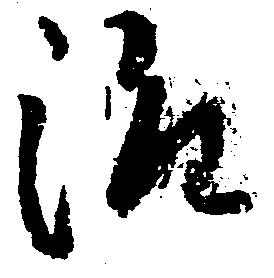
治